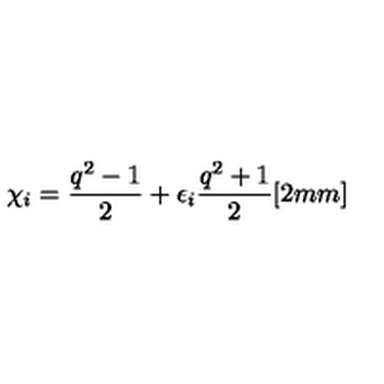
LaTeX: \chi _ { i } = \frac { q ^ { 2 } - 1 } { 2 } + \epsilon _ { i } \frac { q ^ { 2 } + 1 } { 2 } [ 2 m m ]